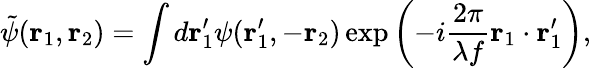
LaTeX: \tilde{\psi}(\mathbf{r}_{1},\mathbf{r}_{2})=\int d\mathbf{r}_{1}^{\prime}\psi(\mathbf{r}_{1}^{\prime},-\mathbf{r}_{2})\exp\left(-i\frac{2\pi}{\lambda f}\mathbf{r}_{1}\cdot\mathbf{r}_{1}^{\prime}\right),